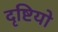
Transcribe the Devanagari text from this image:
दृष्टियो